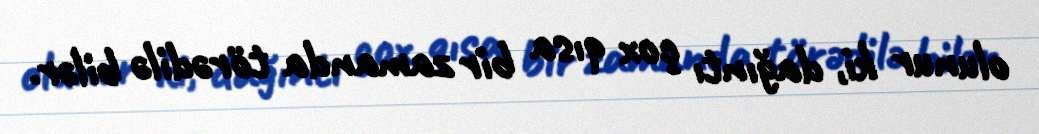
olunur ki, dağıntı çox qısa bir zamanda törədilə bilər.